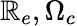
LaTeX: \mathbb{R}_{e},\Omega_{c}